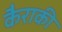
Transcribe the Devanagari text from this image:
कैराकी